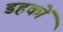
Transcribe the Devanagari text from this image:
डहकों